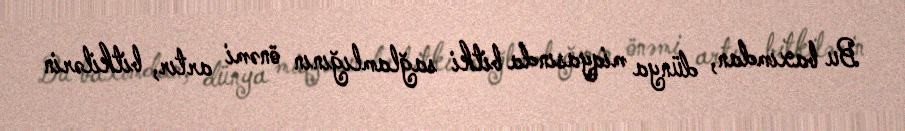
Bu baxımdan, dünya miqyasında bitki sağlamlığının önəmi artır, bitkilərin